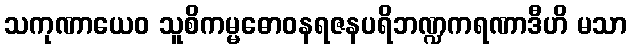
သကုဏာယေဝ သူစိကမ္မဓောဝနရဇနပရိဘဏ္ဍကရဏာဒီဟိ မသာ